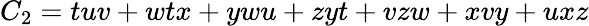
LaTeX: C_{2}=tuv+wtx+ywu+zyt+vzw+xvy+uxz